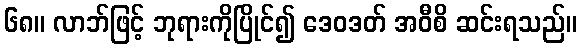
၆၈။ လာဘ်ဖြင့် ဘုရားကိုပြိုင်၍ ဒေဝဒတ် အဝီစိ ဆင်းရသည်။